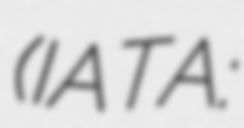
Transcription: (IATA: